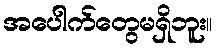
အပေါက်တွေမရှိဘူး။